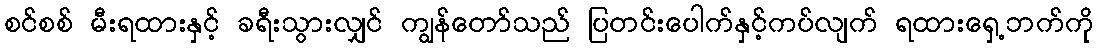
စင်စစ် မီးရထားနှင့် ခရီးသွားလျှင် ကျွန်တော်သည် ပြတင်းပေါက်နှင့်ကပ်လျက် ရထားရှေ့ဘက်ကို